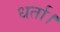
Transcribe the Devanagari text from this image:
धर्ता।